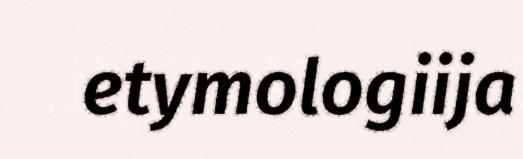
etymologiija